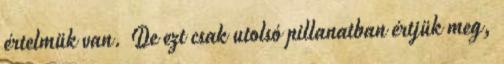
értelmük van. De ezt csak utolsó pillanatban értjük meg,